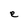
Character: e